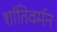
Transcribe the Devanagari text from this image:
शांतिवर्मन